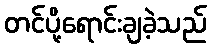
တင်ပို့ရောင်းချခဲ့သည်